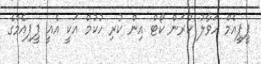
ޕީޕީއެމް ހަވާލު ކުރަން ކޯޓް އިން ކުރި ހުކުމް އަކީ އެއީ ޕީޕިއެމްގެ